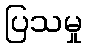
ပြသမှု